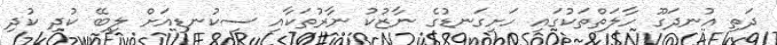
ދަތި އުނދަގޫ ހާލަތްތަކުގައި ހަށިގަނޑުގެ ނާޒުކު ނާރުތަކާއި ސިކުނޑިއަށް ލިބޭ ކުދި ކުދި